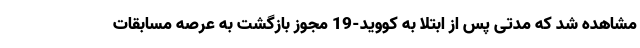
مشاهده شد که مدتی پس از ابتلا به کووید-19 مجوز بازگشت به عرصه مسابقات